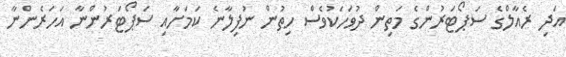
އަދި ރެއާލްގެ ސަޕޯޓަރުންގެ މަތިން ދުވަހަކުވެސް ހިތުން ނުފިލާނެ ކަމަށާއި ސަޕޯޓަރުންނާ އަހަރެންނާ